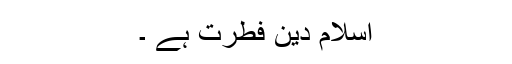
اسلام دین فطرت ہے ۔